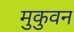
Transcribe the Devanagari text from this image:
मुकुवन